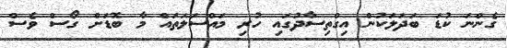
ގެންނަ ކުޑަ ބަދަލަކުން އިގްތިސާދުގައި ހުރި މައްސަލަތައް މާ ބޮޑަށް ގޯސް ވެސް